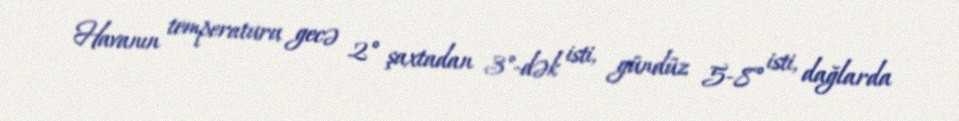
Havanın temperaturu gecə 2° şaxtadan 3°-dək isti, gündüz 5-8° isti, dağlarda